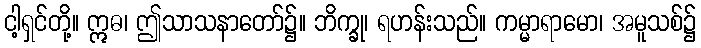
ငါ့ရှင်တို့။ ဣဓ၊ ဤသာသနာတော်၌။ ဘိက္ခု၊ ရဟန်းသည်။ ကမ္မာရာမော၊ အမူသစ်၌